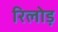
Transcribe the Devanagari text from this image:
रिलोड़